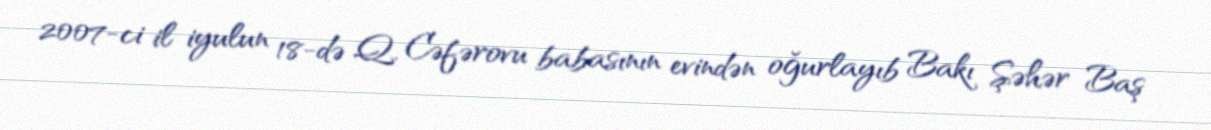
2007-ci il iyulun 18-də Q. Cəfərovu babasının evindən oğurlayıb Bakı Şəhər Baş